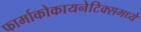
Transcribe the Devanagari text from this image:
फार्माकोकायनेटिक्समध्ये